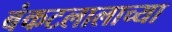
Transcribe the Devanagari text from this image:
बंकटलालाच्या